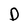
Character: D